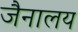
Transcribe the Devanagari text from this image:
जैनालय